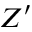
Z ^ { \prime }